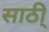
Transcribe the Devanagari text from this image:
साठी्